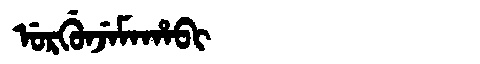
Manchu: ᡠᡵᡤᡠᠨᠵᡝᠮᠠᡥᠠᠪᡳ
Romanization: URGUNJEMAHABI